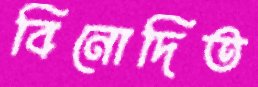
বিনোদিত